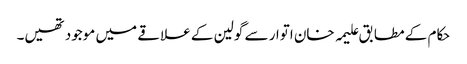
حکام کے مطابق علیمہ خان اتوار سے گولین کے علاقے میں موجود تھیں۔